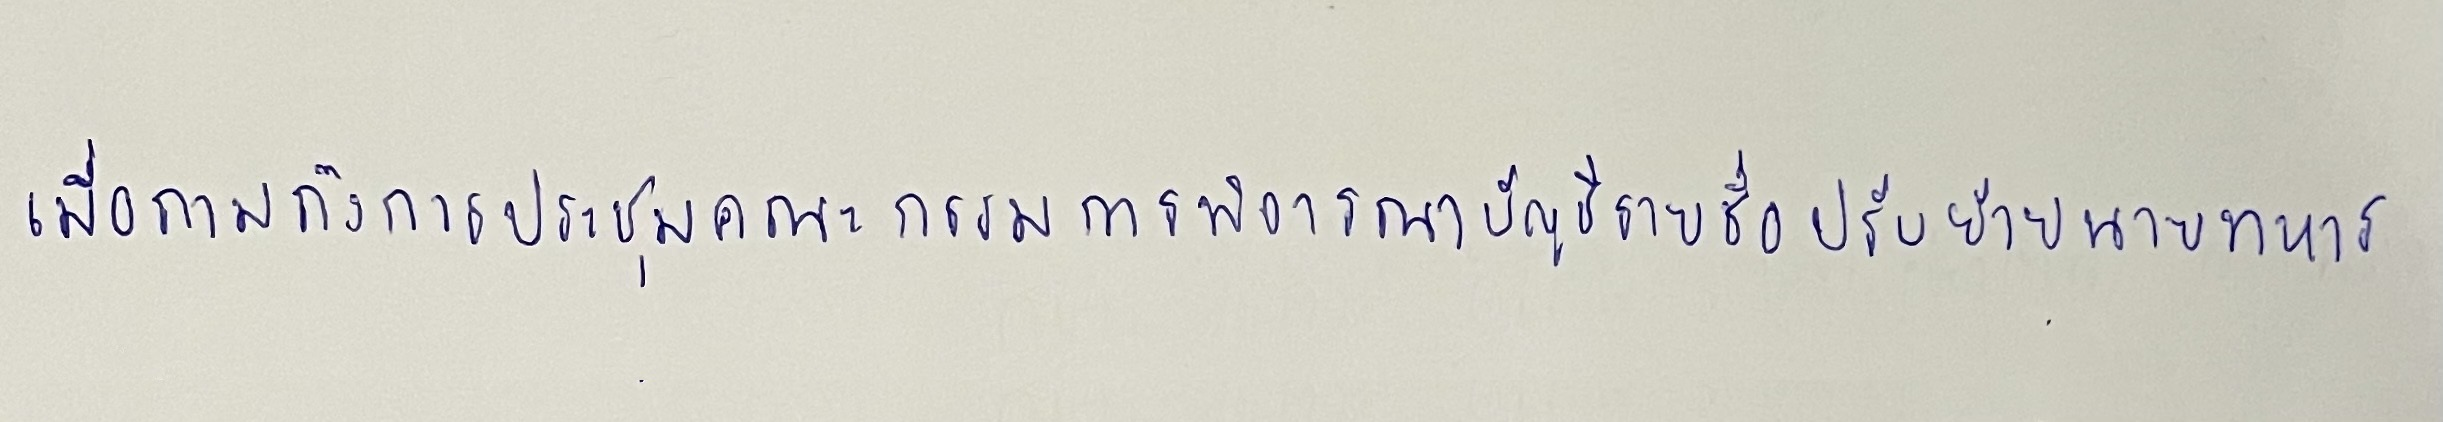
เมื่อถามถึงการประชุมคณะกรรมการพิจารณาบัญชีรายชื่อปรับย้ายนายทหาร